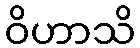
ဝိဟာသိ